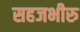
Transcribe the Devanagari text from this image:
सहजभीरु